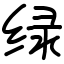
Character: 绿